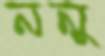
ননু